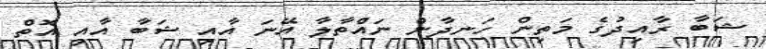
ޝަބާ ރާއިދުގެ މަތިން ހަނދާން ނައްތާލާ އޭނަ އާއި ޝަބާ އާއި އޮތް